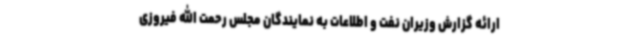
ارائه گزارش وزیران نفت و اطلاعات به نمایندگان مجلس رحمت الله فیروزی